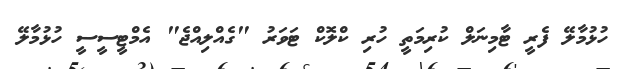
ހުޅުމާލޭ ފެރީ ޓާމިނަލް ކުރިމަތީ ހުރި ކްލޮކް ޓަވަރު "ގެއްލިއްޖެ" އެމްޓީސީސީ ހުޅުމާލޭ